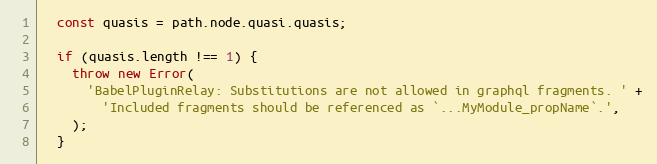
Language: JavaScript
  const quasis = path.node.quasi.quasis;

  if (quasis.length !== 1) {
    throw new Error(
      'BabelPluginRelay: Substitutions are not allowed in graphql fragments. ' +
        'Included fragments should be referenced as `...MyModule_propName`.',
    );
  }